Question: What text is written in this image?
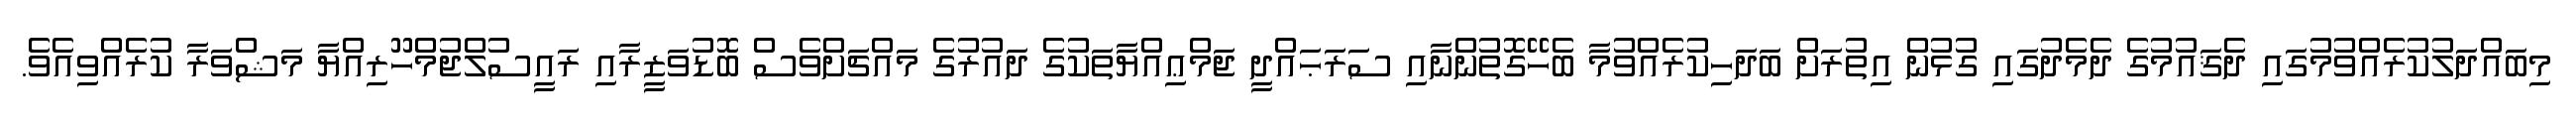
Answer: މިބައްދަލުކުރެއްވުމުގައި ދެޤައުމުގެ ދެމެދުގައި ގުޅުން އިތުރަށް ބަދަހިކުރެއްވުމާ ބެހޭގޮތުންނާއި ސަރަޙައްދީ ޖަމްޢިއްޔާތަކުގެ ދައުރުގެ މައްޗަށްވެސް ބޮޑުވަޒީރާއި ރައީސުލްޖުމްހޫރިއްޔާ މަޝްވަރާ ކުރެއްވިއެވެ.